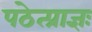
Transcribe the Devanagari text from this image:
पठेत्प्राज्ञः